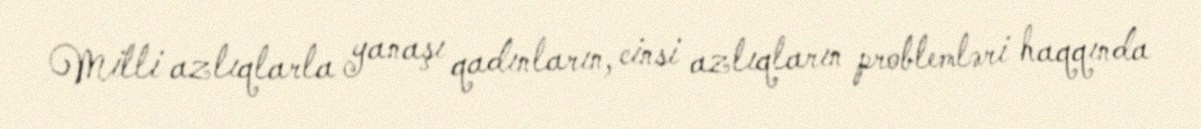
Milli azlıqlarla yanaşı qadınların, cinsi azlıqların problemləri haqqında